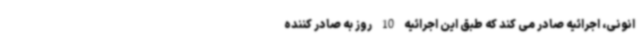
انونی، اجرائیه صادر می کند که طبق این اجرائیه 10 روز به صادر کننده